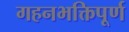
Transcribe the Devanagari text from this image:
गहनभक्तिपूर्ण